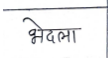
मजकूर: भेदला